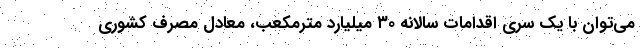
می‌توان با یک سری اقدامات سالانه ۳۰ میلیارد مترمکعب، معادل مصرف کشوری